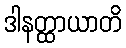
ဒါနတ္ထာယာတိ